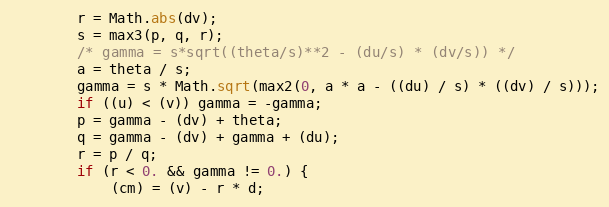
Language: Java
        r = Math.abs(dv);
        s = max3(p, q, r);
        /* gamma = s*sqrt((theta/s)**2 - (du/s) * (dv/s)) */
        a = theta / s;
        gamma = s * Math.sqrt(max2(0, a * a - ((du) / s) * ((dv) / s)));
        if ((u) < (v)) gamma = -gamma;
        p = gamma - (dv) + theta;
        q = gamma - (dv) + gamma + (du);
        r = p / q;
        if (r < 0. && gamma != 0.) {
            (cm) = (v) - r * d;